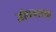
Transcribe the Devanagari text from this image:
जीवनासह